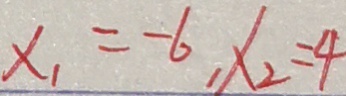
x _ { 1 } = - 6 , x _ { 2 } = 4